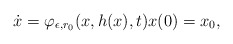
\begin{align*} \dot x = \varphi_{\epsilon, r_0}(x, h(x),t) x(0)=x_0, \end{align*}